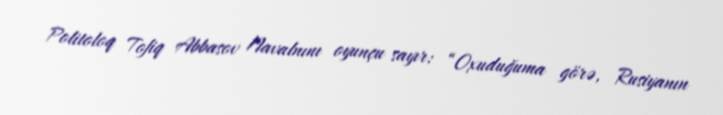
Politoloq Tofiq Abbasov Navalnını oyunçu sayır: “Oxuduğuma görə, Rusiyanın